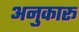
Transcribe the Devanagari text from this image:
अनुकारू